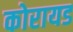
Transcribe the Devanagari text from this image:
कोरायड